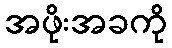
အဖိုးအခကို